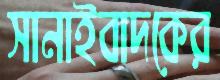
সানাইবাদকের